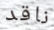
ناقد